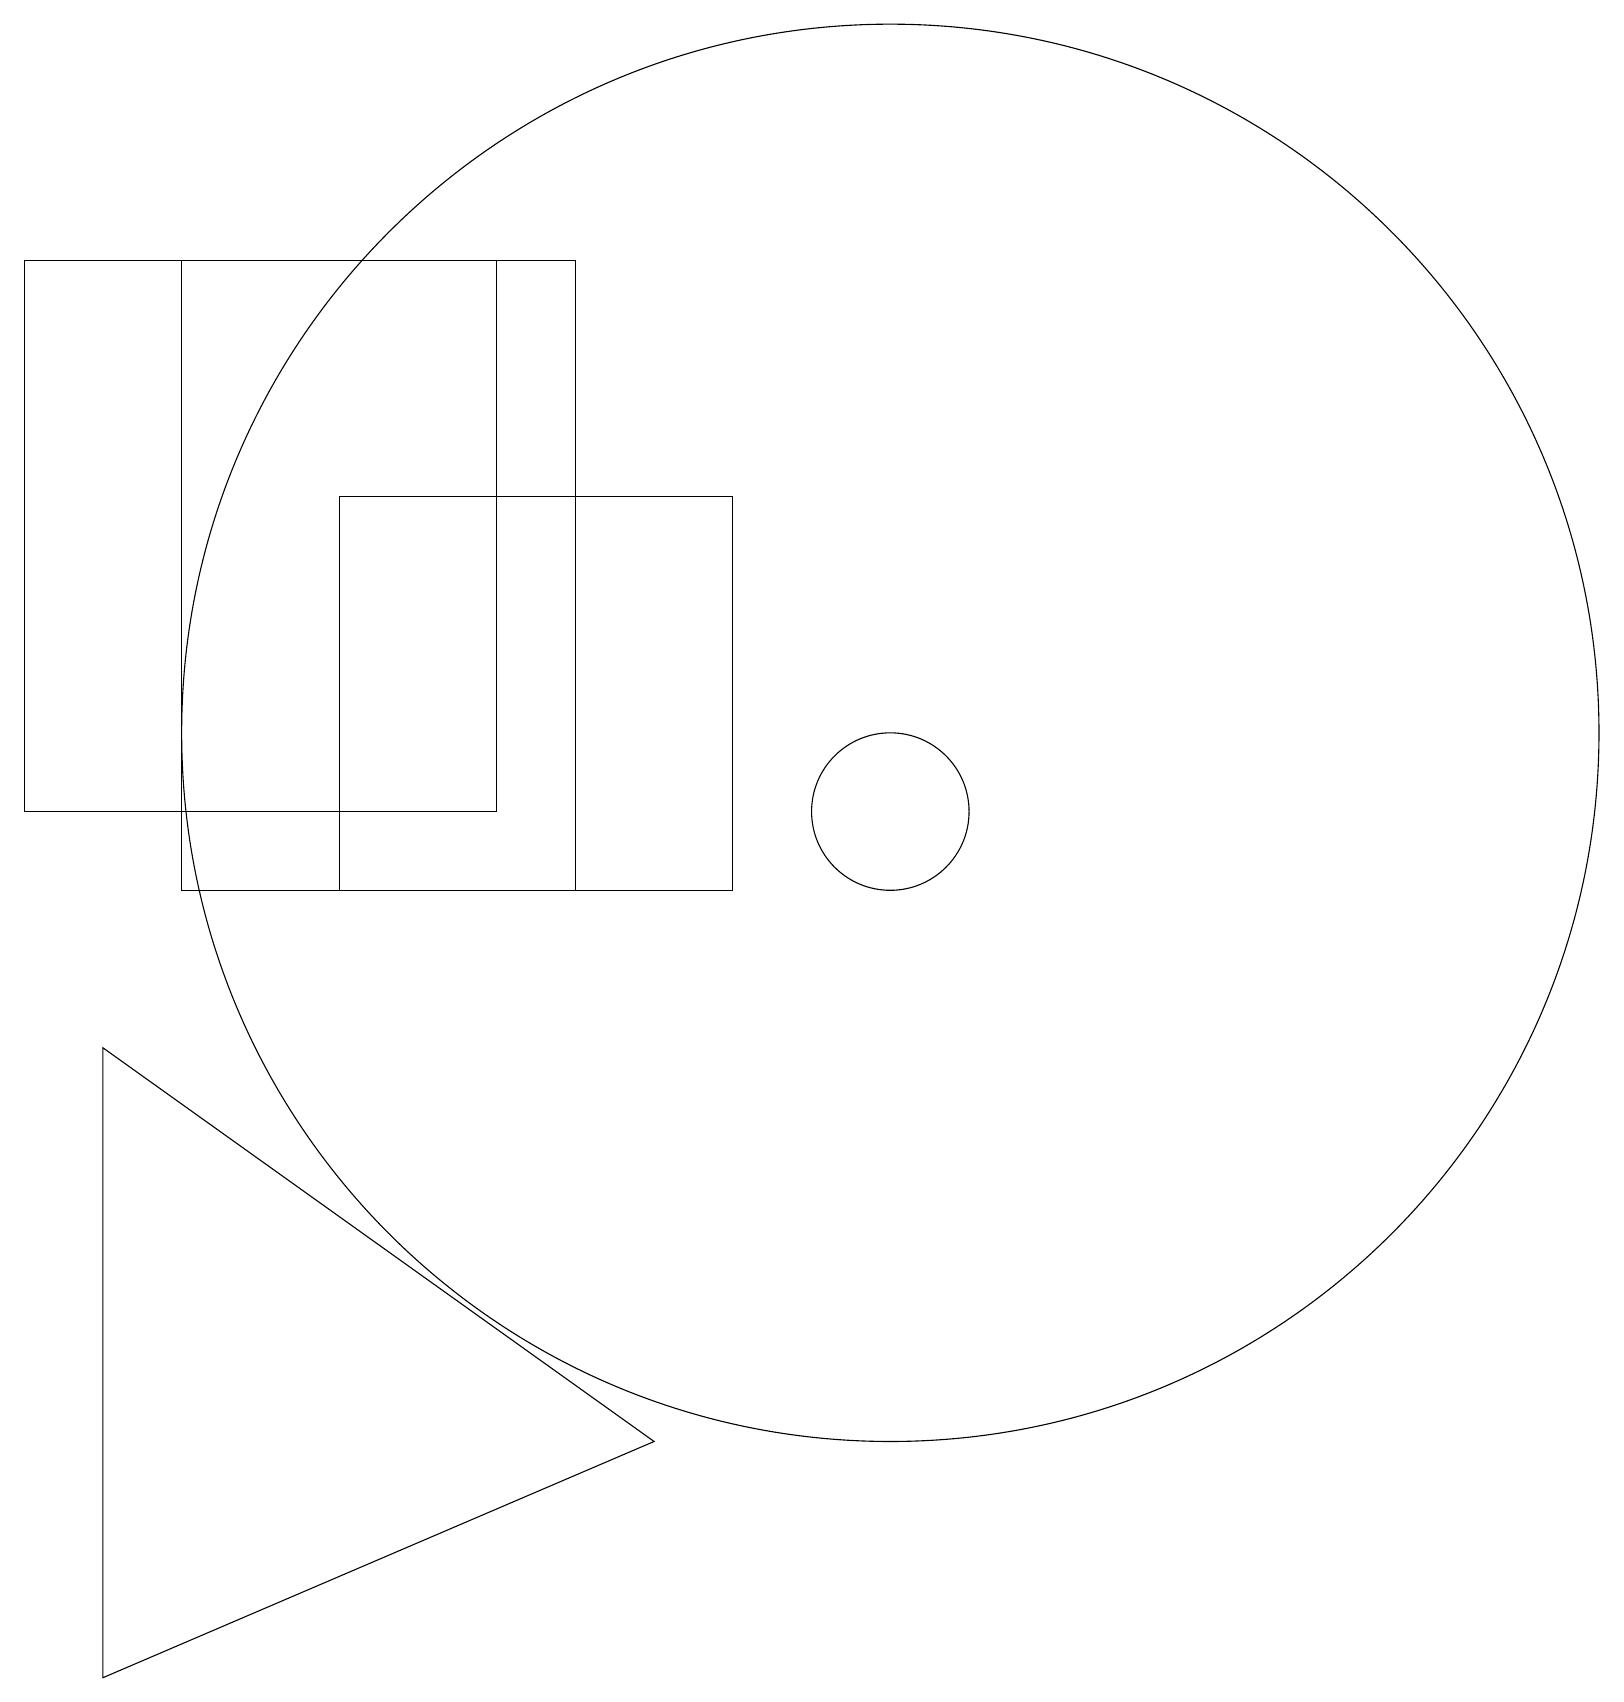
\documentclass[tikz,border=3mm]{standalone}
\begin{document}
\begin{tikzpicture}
\draw (2,18) rectangle (7,10);
\draw (9,10) rectangle (4,15);
\draw (1,8) -- (8,3) -- (1,0) -- cycle;
\draw (11,11) circle (1);
\draw (11,12) circle (9);
\draw (6,18) rectangle (0,11);
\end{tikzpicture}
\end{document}